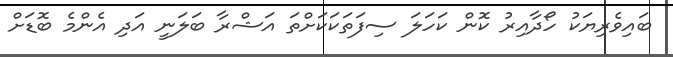
ބައިވެރިޔަކު ހޯދާއިރު ކޮން ކަހަލަ ސިފަތަކަކަށްތަ އަޝްރާ ބަލަނީ އަދި އެންމެ ބޮޑަށް